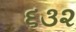
૬૩૨